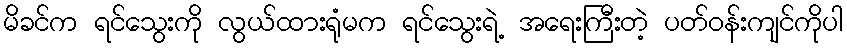
မိခင်က ရင်သွေးကို လွယ်ထားရုံမက ရင်သွေးရဲ့ အရေးကြီးတဲ့ ပတ်ဝန်းကျင်ကိုပါ